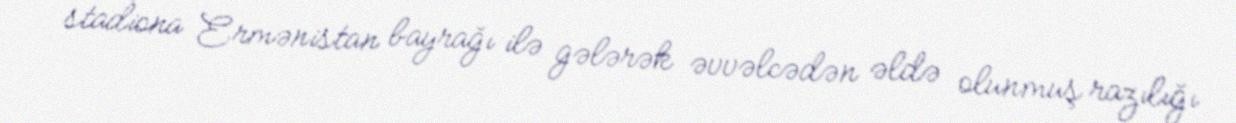
stadiona Ermənistan bayrağı ilə gələrək əvvəlcədən əldə olunmuş razılığı